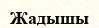
Жадышы